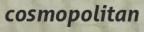
cosmopolitan